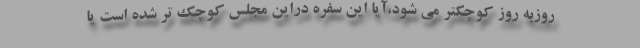
روزبه روز کوچکتر می شود،آیا این سفره دراین مجلس کوچک تر شده است یا